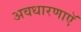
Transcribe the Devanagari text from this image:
अवधारणाएॅ